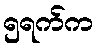
၅ရက်က